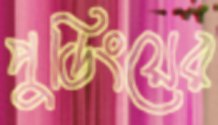
পুডিংয়ের